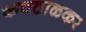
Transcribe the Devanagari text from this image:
कवठाळकर